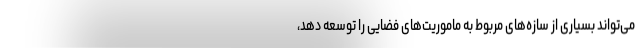
می‌تواند بسیاری از سازه‌های مربوط به ماموریت‌های فضایی را توسعه دهد،